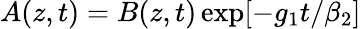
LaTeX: A(z,t)=B(z,t)\exp[-g_{1}t/\beta_{2}]